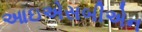
આઇએસબીએન